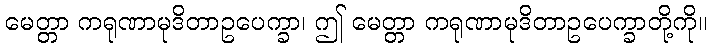
မေတ္တာ ကရုဏာမုဒိတာဥပေက္ခာ၊ ဤ မေတ္တာ ကရုဏာမုဒိတာဥပေက္ခာတို့ကို။